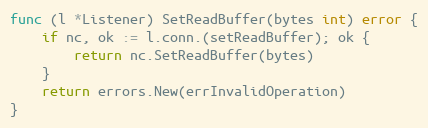
Language: Go
func (l *Listener) SetReadBuffer(bytes int) error {
	if nc, ok := l.conn.(setReadBuffer); ok {
		return nc.SetReadBuffer(bytes)
	}
	return errors.New(errInvalidOperation)
}